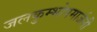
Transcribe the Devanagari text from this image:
जलकुम्भोपमार्जनी